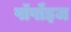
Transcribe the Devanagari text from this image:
पॉर्पॉइज